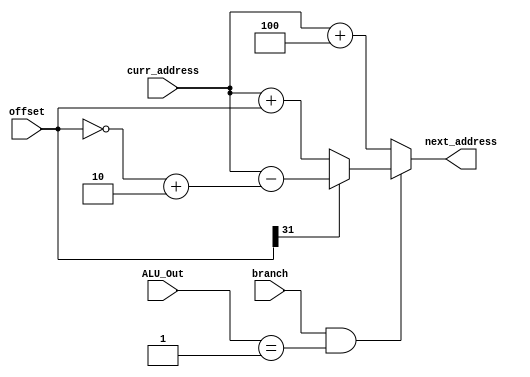
// This program was cloned from: https://github.com/theuppercaseguy/FYP--Risc-V-32-bit-Matrix-Mac
// License: GNU General Public License v3.0

`timescale 1ns / 1ps
//////////////////////////////////////////////////////////////////////////////////
// Company: 
// Engineer: 
// 
// Design Name: 
// Module Name: PC_Adder
// Project Name: 
// Target Devices: 
// Tool Versions: 
// Description: 
// 
// Dependencies: 
// 
// Revision:
// Revision 0.01 - File Created
// Additional Comments:
// 
//////////////////////////////////////////////////////////////////////////////////


module PC_Adder(
    input [31:0] curr_address, offset, ALU_Out,
    input branch,
   
    output [31:0] next_address
    );
    wire [31:0] two_comp_offset = (~offset) + 2;
    
    //               branch flag high & condition satisfies & offset is positive then add current address + offset else subtract current address - offset 
    assign next_address = ( branch & ALU_Out == 32'd1) ? ( (offset[31] != 1'b1) ? ( curr_address + offset ) : ( curr_address - two_comp_offset ) ) : curr_address + 32'd4 ;
    
endmodule